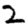
Digit: 2